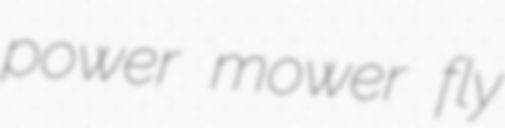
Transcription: power mower fly